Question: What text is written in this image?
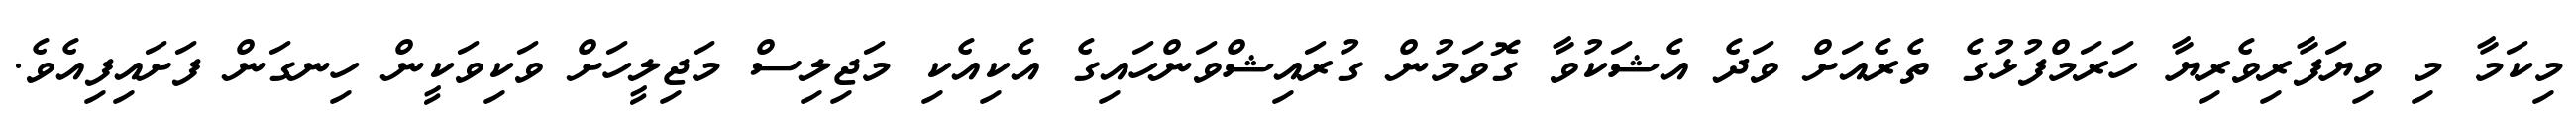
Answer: މިކަމާ މި ވިޔަފާރިވެރިޔާ ހަރަމްފުޅުގެ ތެރެއަށް ވަދެ އެޝަކުވާ ގޮވަމުން ގުރައިޝްވަންހައިގެ އެކިއެކި މަޖިލިސް މަޖިލީހަށް ވަކިވަކީން ހިނގަން ފަށައިފިއެވެ.